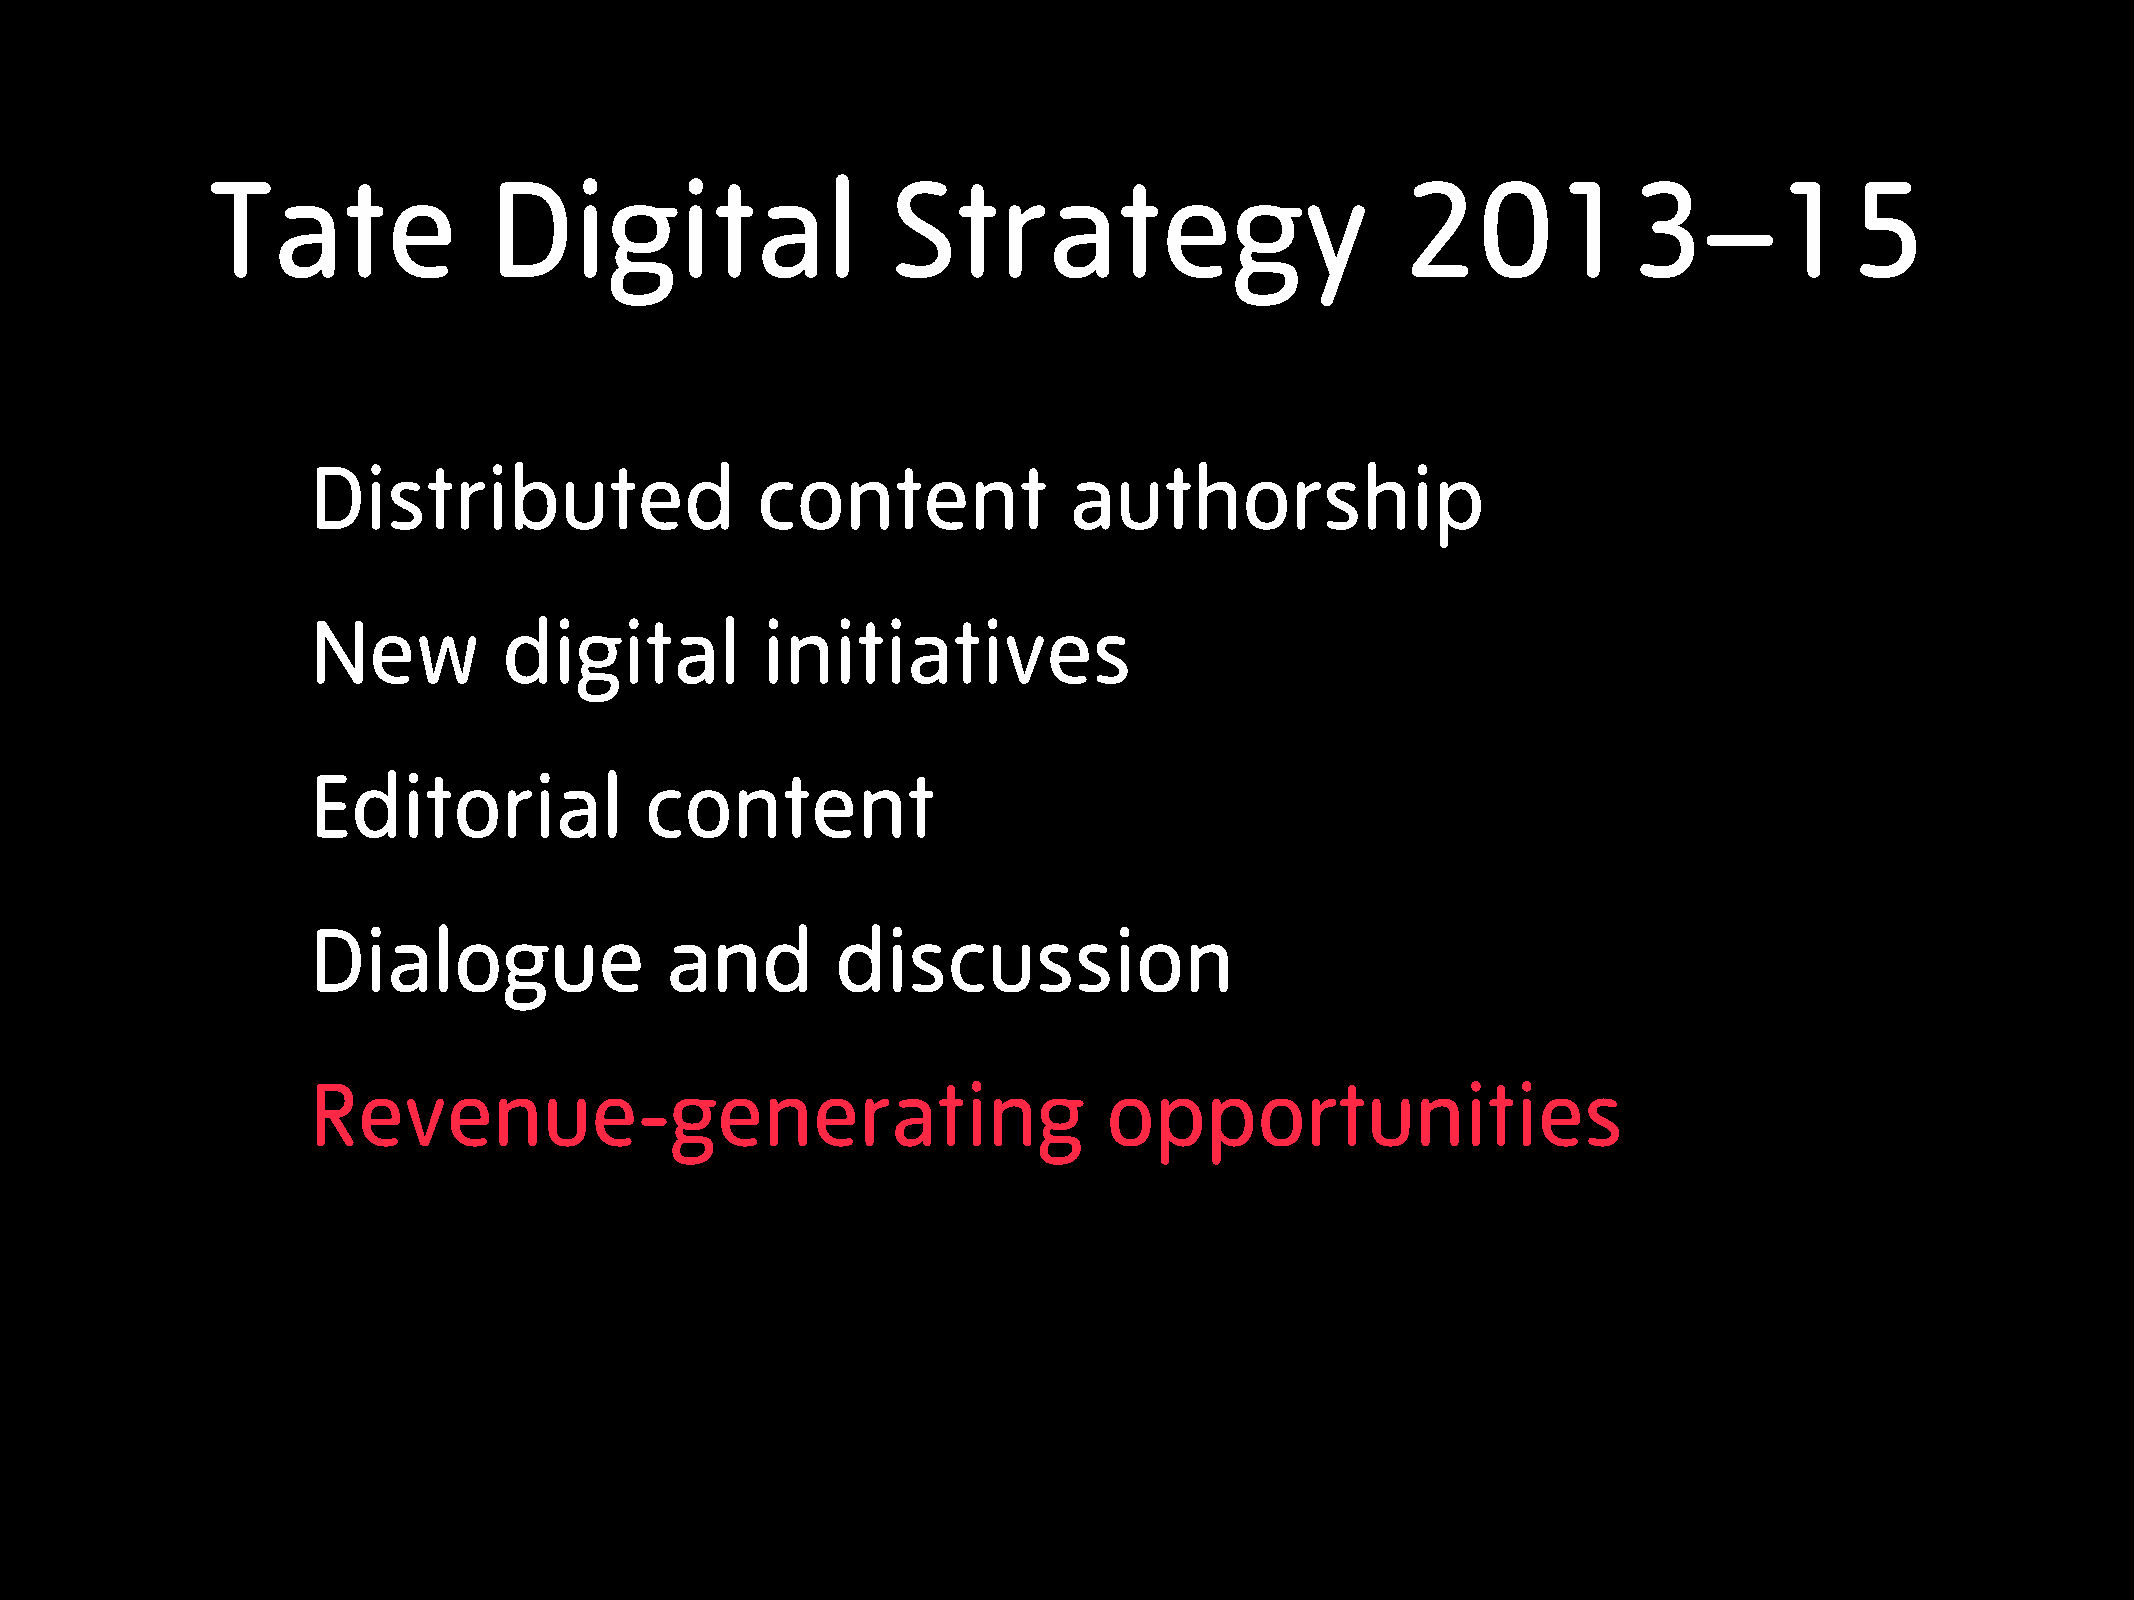
Tate              Digital                    Strategy                          2013–15
 Distributed                  content              authorship
 New         digital          initiatives
 Editorial             content
 Dialogue               and        discussion
 Revenue-generating                                  opportunities